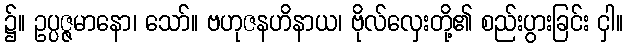
၌။ ဥပ္ပဇ္ဇမာနော၊ သော်။ ဗဟုဇနဟိနာယ၊ ဗိုလ်လှေးတို့၏ စည်းပွားခြင်း ငှါ။